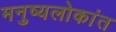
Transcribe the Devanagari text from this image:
मनुष्यलोकांत